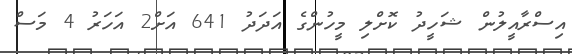
އިސްރާއީލުން ޝަހީދު ކޮށްލި މީހުންގެ އަދަދު 641 އަށް2 އަހަރު 4 މަސް